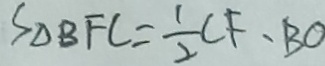
S _ { \Delta B F C } = \frac { 1 } { 2 } C F \cdot B O